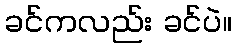
ခင်ကလည်း ခင်ပဲ။